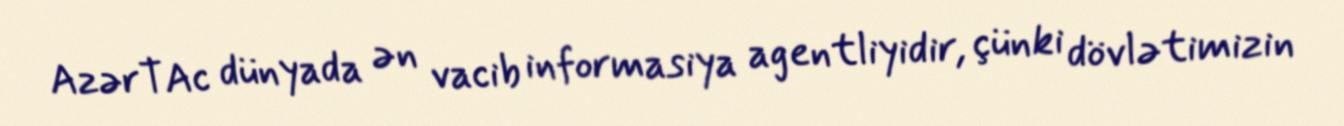
AzərTAc dünyada ən vacib informasiya agentliyidir, çünki dövlətimizin